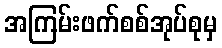
အကြမ်းဖက်စစ်အုပ်စုမှ